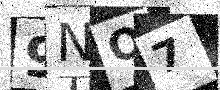
Text: 9NO7